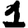
Digit: 1